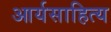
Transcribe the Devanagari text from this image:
आर्यसाहित्य